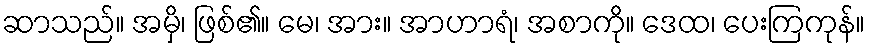
ဆာသည်။ အမှိ၊ ဖြစ်၏။ မေ၊ အား။ အာဟာရံ၊ အစာကို။ ဒေထ၊ ပေးကြကုန်။